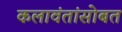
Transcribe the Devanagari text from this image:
कलावंतांसोबत